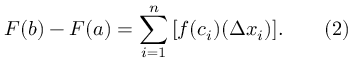
F ( b ) - F ( a ) = \sum _ { i = 1 } ^ { n } \, [ f ( c _ { i } ) ( \Delta x _ { i } ) ] . \qquad ( 2 )